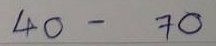
40 - 70